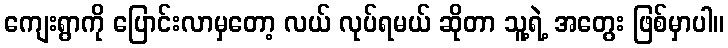
ကျေးရွာကို ပြောင်းလာမှတော့ လယ် လုပ်ရမယ် ဆိုတာ သူ့ရဲ့ အတွေး ဖြစ်မှာပါ။